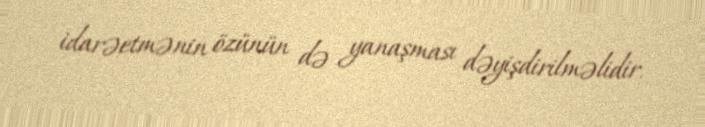
idarəetmənin özünün də yanaşması dəyişdirilməlidir.